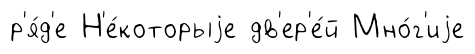
р'я́д'е Н'е́которыjе дв'ер'е́й Мно́г'иjе